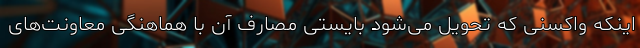
اینکه واکسنی که تحویل می‌شود بایستی مصارف آن با هماهنگی معاونت‌های